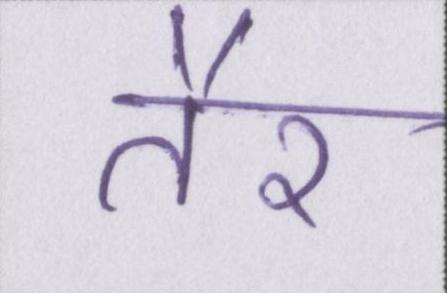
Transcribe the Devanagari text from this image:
तैर